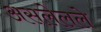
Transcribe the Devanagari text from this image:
असलेलले